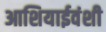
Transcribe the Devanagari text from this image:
आशियाईवंशी